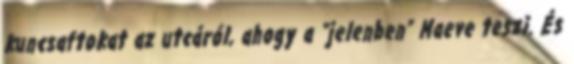
kuncsaftokat az utcáról, ahogy a “jelenben” Maeve teszi. És